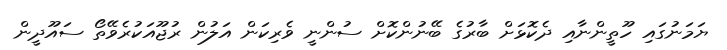
ޔަމަނުގައި ހޫތީންނާއި ދެކޮޅަށް ބާރުގެ ބޭނުންކޮށް ސުންނީ ވެރިކަން އަލުން ރުޖޫއަކުރެވޭތޯ ސައޫދީން